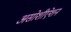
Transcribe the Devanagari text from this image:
असोशीऐशन